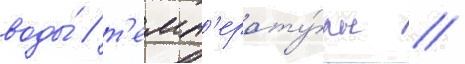
воды́ / т'емп'ерату́ры //